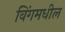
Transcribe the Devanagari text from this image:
विंगमधील